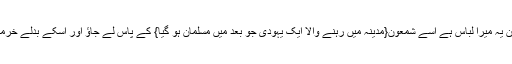
پھر فرمایا: سلمان یہ میرا لباس ہے اسے شمعون{مدینہ میں رہنے والا ایک یہودی جو بعد میں مسلمان ہو گیا} کے پاس لے جاؤ اور اسکے بدلے خرما اور جو لے آو ۔